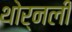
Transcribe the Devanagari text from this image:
थोर्नली